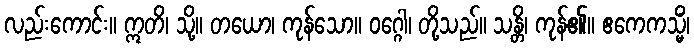
လည်းကောင်း။ ဣတိ၊ သို့။ တယော၊ ကုန်သော။ ဝဂ္ဂေါ၊ တို့သည်။ သန္တိ၊ ကုန်၏။ ဧကေကသ္မိံ၊